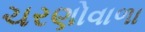
ચરણોવાળા